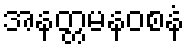
အနတ္တမနဝစနံ